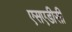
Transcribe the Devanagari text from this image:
एसएडीसी